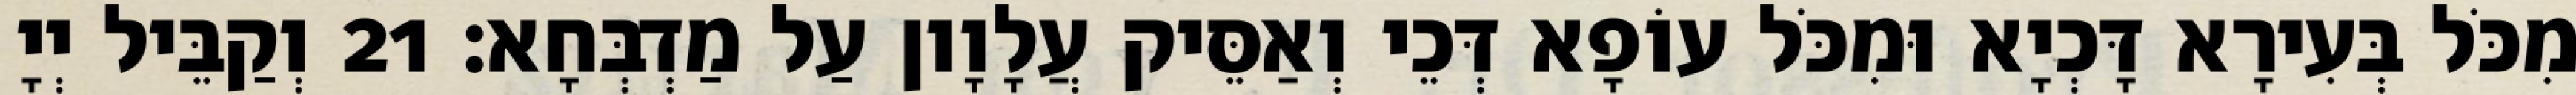
מִכֹּל בְּעִירָא דָּכְיָא וּמִכֹּל עוֹפָא דְּכֵי וְאַסֵּיק עֲלָוָון עַל מַדְבְּחָא׃ 21 וְקַבֵּיל יְיָ